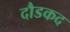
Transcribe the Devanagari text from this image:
दौडकद